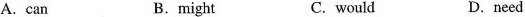
A.can B.might C. would D.need